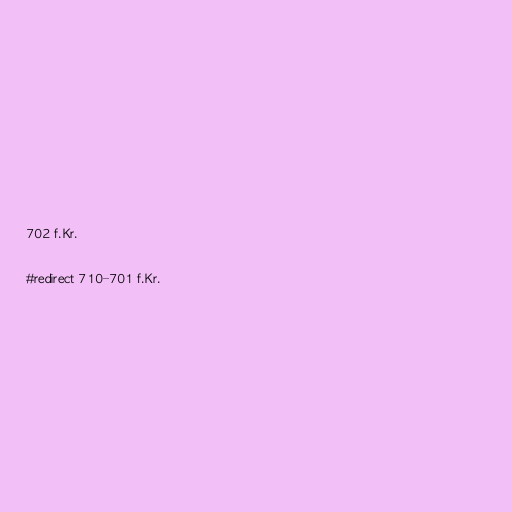
702 f.Kr.

#redirect 710–701 f.Kr.